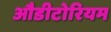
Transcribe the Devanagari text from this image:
औडीटोरियम